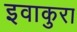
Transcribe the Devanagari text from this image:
इवाकुरा